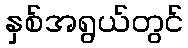
နှစ်အရွယ်တွင်